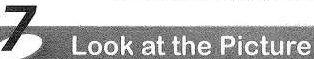
7 Look at the Picture